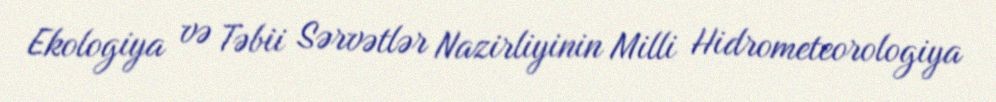
Ekologiya və Təbii Sərvətlər Nazirliyinin Milli Hidrometeorologiya